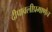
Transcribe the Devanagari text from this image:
दीपावलीप्रमाणेच